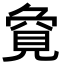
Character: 𮗏